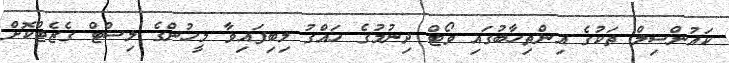
ކައުންސިލް ތަކުގެ އިންތިހާބުގައި ވޯޓް ދިނުމުގެ ހައްގު ލިބިފައިވާ މީހުންގެ ލިސްޓް ގެޒެޓްކޮށް